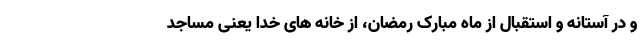
و در آستانه و استقبال از ماه مبارک رمضان، از خانه های خدا یعنی مساجد